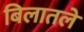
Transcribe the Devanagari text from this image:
बिलातले